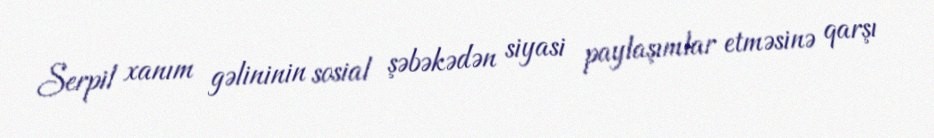
Serpil xanım gəlininin sosial şəbəkədən siyasi paylaşımlar etməsinə qarşı